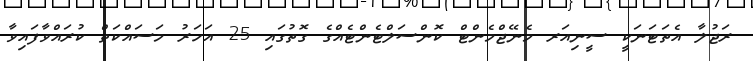
ރަޖުލާ އެތަޓަނަކީ ސީނިއަރ މެނޭޖްމެންޓް ކޮންސަލްޓެންޓެއްގެ ގޮތުގައި 25 އަހަރު މަސައްކަތް ކުރައްވާފައިވާ